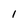
Character: 1